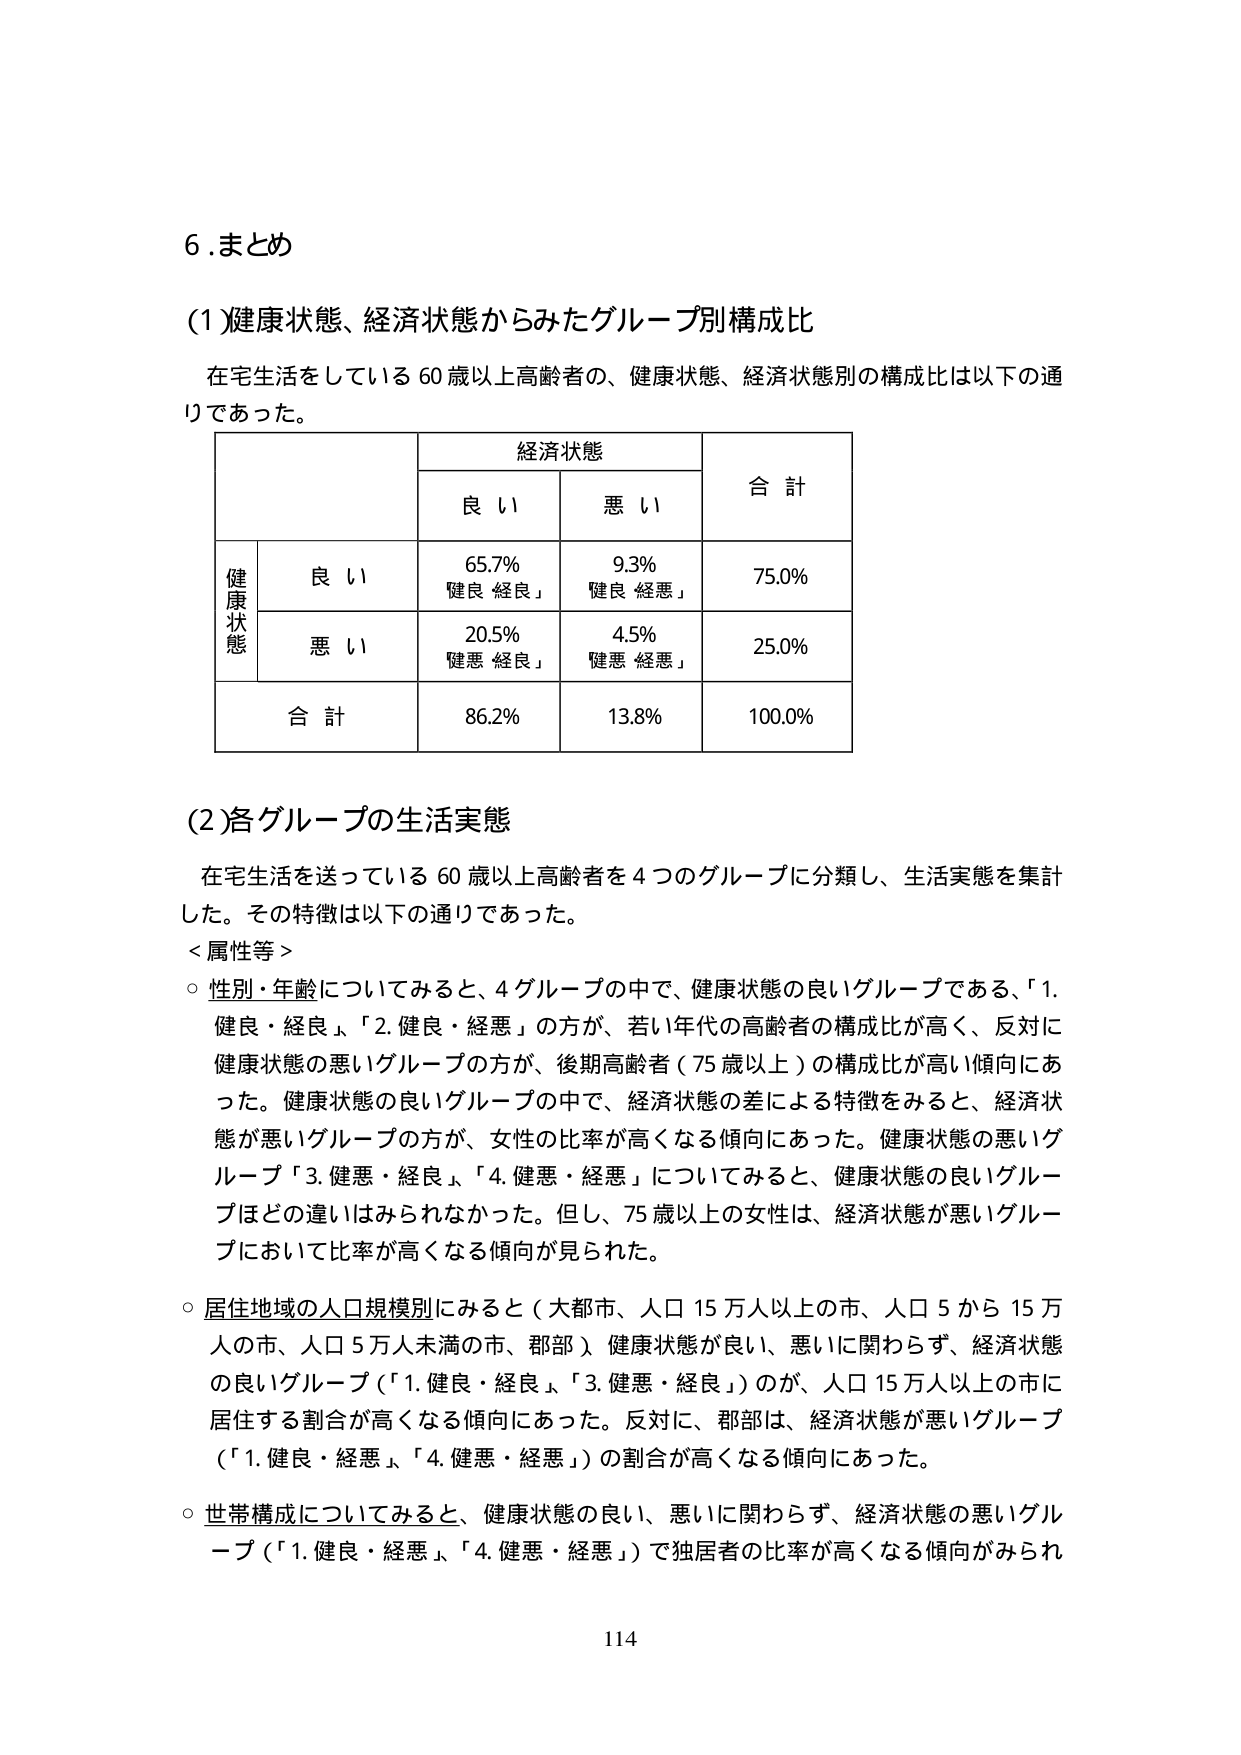
6.まとめ

(1)健康状態、経済状態からみたグループ別構成比

在宅生活をしている60歳以上高齢者の、健康状態、経済状態別の構成比は以下の通りであった。

経済状態

良 い 悪 い 合 計

健康状態

良 い 65.7% 9.3% 75.0%
健良 経良」 健良 経悪」

悪 い 20.5% 4.5% 25.0%
健悪 経良」 健悪 経悪」

合 計 86.2% 13.8% 100.0%

(2)各グループの生活実態

在宅生活を送っている60歳以上高齢者を4つのグループに分類し、生活実態を集計した。その特徴は以下の通りであった。

＜属性等＞

○ 性別・年齢についてみると、4グループの中で、健康状態の良いグループである、「1.健良・経良」、「2.健良・経悪」の方が、若い年代の高齢者の構成比が高く、反対に健康状態の悪いグループの方が、後期高齢者（75歳以上）の構成比が高い傾向にあった。健康状態の良いグループの中で、経済状態の差による特徴をみると、経済状態が悪いグループの方が、女性の比率が高くなる傾向にあった。健康状態の悪いグループ「3.健悪・経良」、「4.健悪・経悪」についてみると、健康状態の良いグループほどの違いはみられなかった。但し、75歳以上の女性は、経済状態が悪いグループにおいて比率が高くなる傾向が見られた。

○ 居住地域の人口規模別にみると（大都市、人口15万人以上の市、人口5から15万人の市、人口5万人未満の市、郡部）、健康状態が良い、悪いに関わらず、経済状態の良いグループ（「1.健良・経良」、「3.健悪・経良」）のが、人口15万人以上の市に居住する割合が高くなる傾向にあった。反対に、郡部は、経済状態が悪いグループ（「1.健良・経悪」、「4.健悪・経悪」）の割合が高くなる傾向にあった。

○ 世帯構成についてみると、健康状態の良い、悪いに関わらず、経済状態の悪いグループ（「1.健良・経悪」、「4.健悪・経悪」）で独居者の比率が高くなる傾向がみられ

114